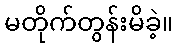
မတိုက်တွန်းမိခဲ့။